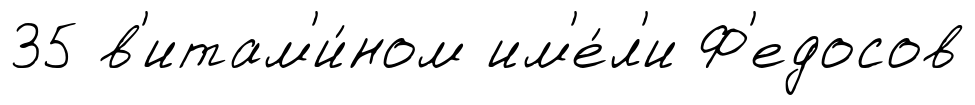
35 в'итам'и́ном им'е́л'и Ф'едосов